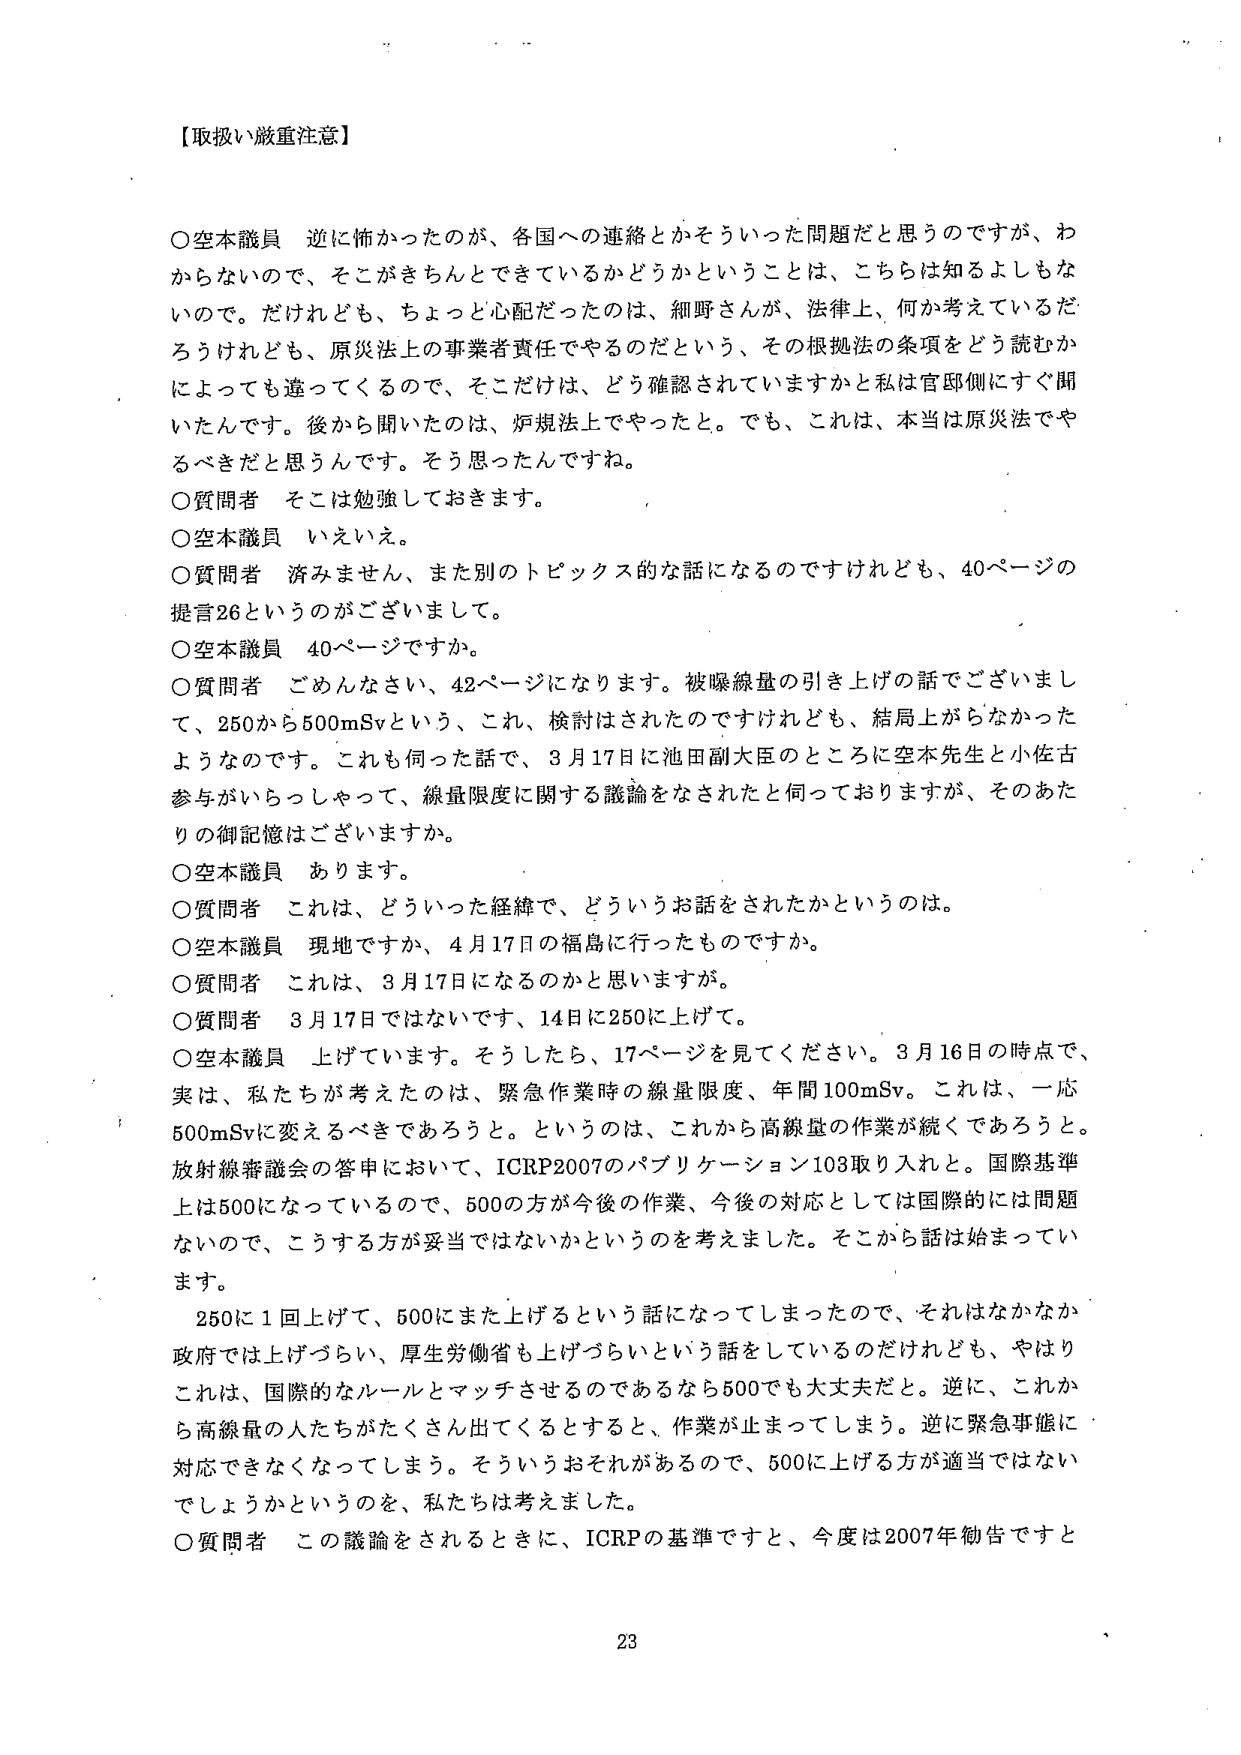
【取扱い厳重注意】

○空本議員　逆に怖かったのが、各国への連絡とかそういった問題だと思うのですが、わからないので、そこがきちんとできているかどうかということは、こちらは知るよしもないのです。だけれども、ちょっと心配だったのは、細野さんが、法律上、何か考えているだろうけれども、原災法上の事業者責任でやるのだという、その根拠法の条項をどう読むかによっても違ってくるので、そこだけは、どう確認されていますかと私は官邸側にすぐ聞いたんです。後から聞いたのは、炉規法上でやったと。でも、これは、本当は原災法でやるべきだと思うんです。そう思ったんですね。

○質問者　そこは勉強しておきます。

○空本議員　いえいえ。

○質問者　済みません、また別のトピックス的な話になるのですけれども、40ページの提言26というのがございまして。

○空本議員　40ページですか。

○質問者　ごめんなさい、42ページになります。被曝線量の引き上げの話でございまして、250から500mSvという、これ、検討はされたのですけれども、結局上がらなかったようなのです。これも伺った話で、3月17日に池田副大臣のところに空本先生と小佐古参与がいらっしゃって、線量限度に関する議論をなされたと伺っておりますが、そのあたりの御記憶はございますか。

○空本議員　あります。

○質問者　これは、どういった経緯で、どういうお話をされたかというのは。

○空本議員　現地ですか、4月17日の福島に行ったものですか。

○質問者　これは、3月17日になるのかと思いますが。

○質問者　3月17日ではないです、14日に250に上げて。

○空本議員　上げています。そうしたら、17ページを見てください。3月16日の時点で、実は、私たちが考えたのは、緊急作業時の線量限度、年間100mSv。これは、一応500mSvに変えるべきであろうと。というのは、これから高線量の作業が続くであろうと。放射線審議会の答申において、ICRP2007のパブリケーション103取り入れと。国際基準上は500になっているので、500の方が今後の作業、今後の対応としては国際的には問題ないので、こうする方が妥当ではないかというのを考えました。そこから話は始まっていきます。

　250に1回上げて、500にまた上げるという話になってしまったので、それはなかなか政府では上げづらい、厚生労働省も上げづらいという話をしているのだけれども、やはりこれは、国際的なルールとマッチさせるのであるなら500でも大丈夫だと。逆に、これから高線量の人たちがたくさん出てくるとすると、作業が止まってしまう。逆に緊急事態に対応できなくなってしまう。そういうおそれがあるので、500に上げる方が適当ではないでしょうかというのを、私たちは考えました。

○質問者　この議論をされるときに、ICRPの基準ですと、今度は2007年勧告ですと

23